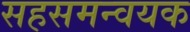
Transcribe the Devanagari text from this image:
सहसमन्वयक